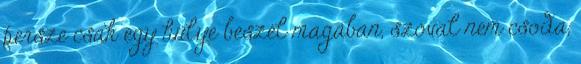
persze csak egy hülye beszél magában, szóval nem csoda,